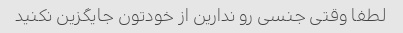
لطفا وقتی جنسی رو ندارین از خودتون جایگزین نکنید